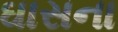
ઘાસના